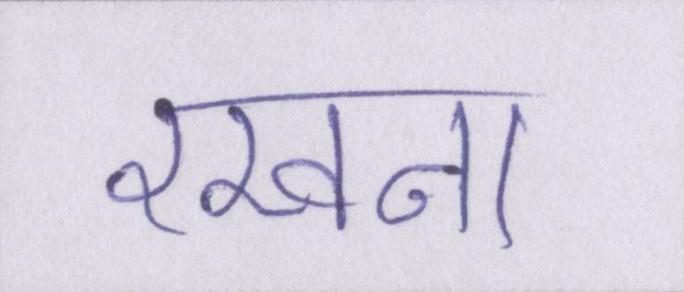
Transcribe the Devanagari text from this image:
रखना